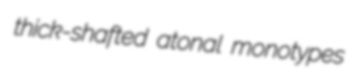
thick-shafted atonal monotypes